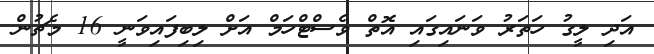
އަދި ލީގު ހަތަރު ވަނައިގައި އޮތް ވެސްޓްހަމް އަށް ލިބިފައިވަނީ 16 މެޗުން